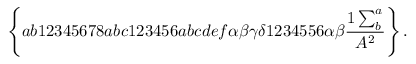
\left\{ a b 1 2 3 4 5 6 7 8 a b c 1 2 3 4 5 6 a b c d e f \alpha \beta \gamma \delta 1 2 3 4 5 5 6 \alpha \beta \frac { 1 \sum _ { b } ^ { a } } { A ^ { 2 } } \right\} .